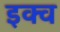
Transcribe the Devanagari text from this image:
इक्व